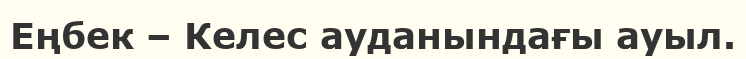
Еңбек – Келес ауданындағы ауыл.